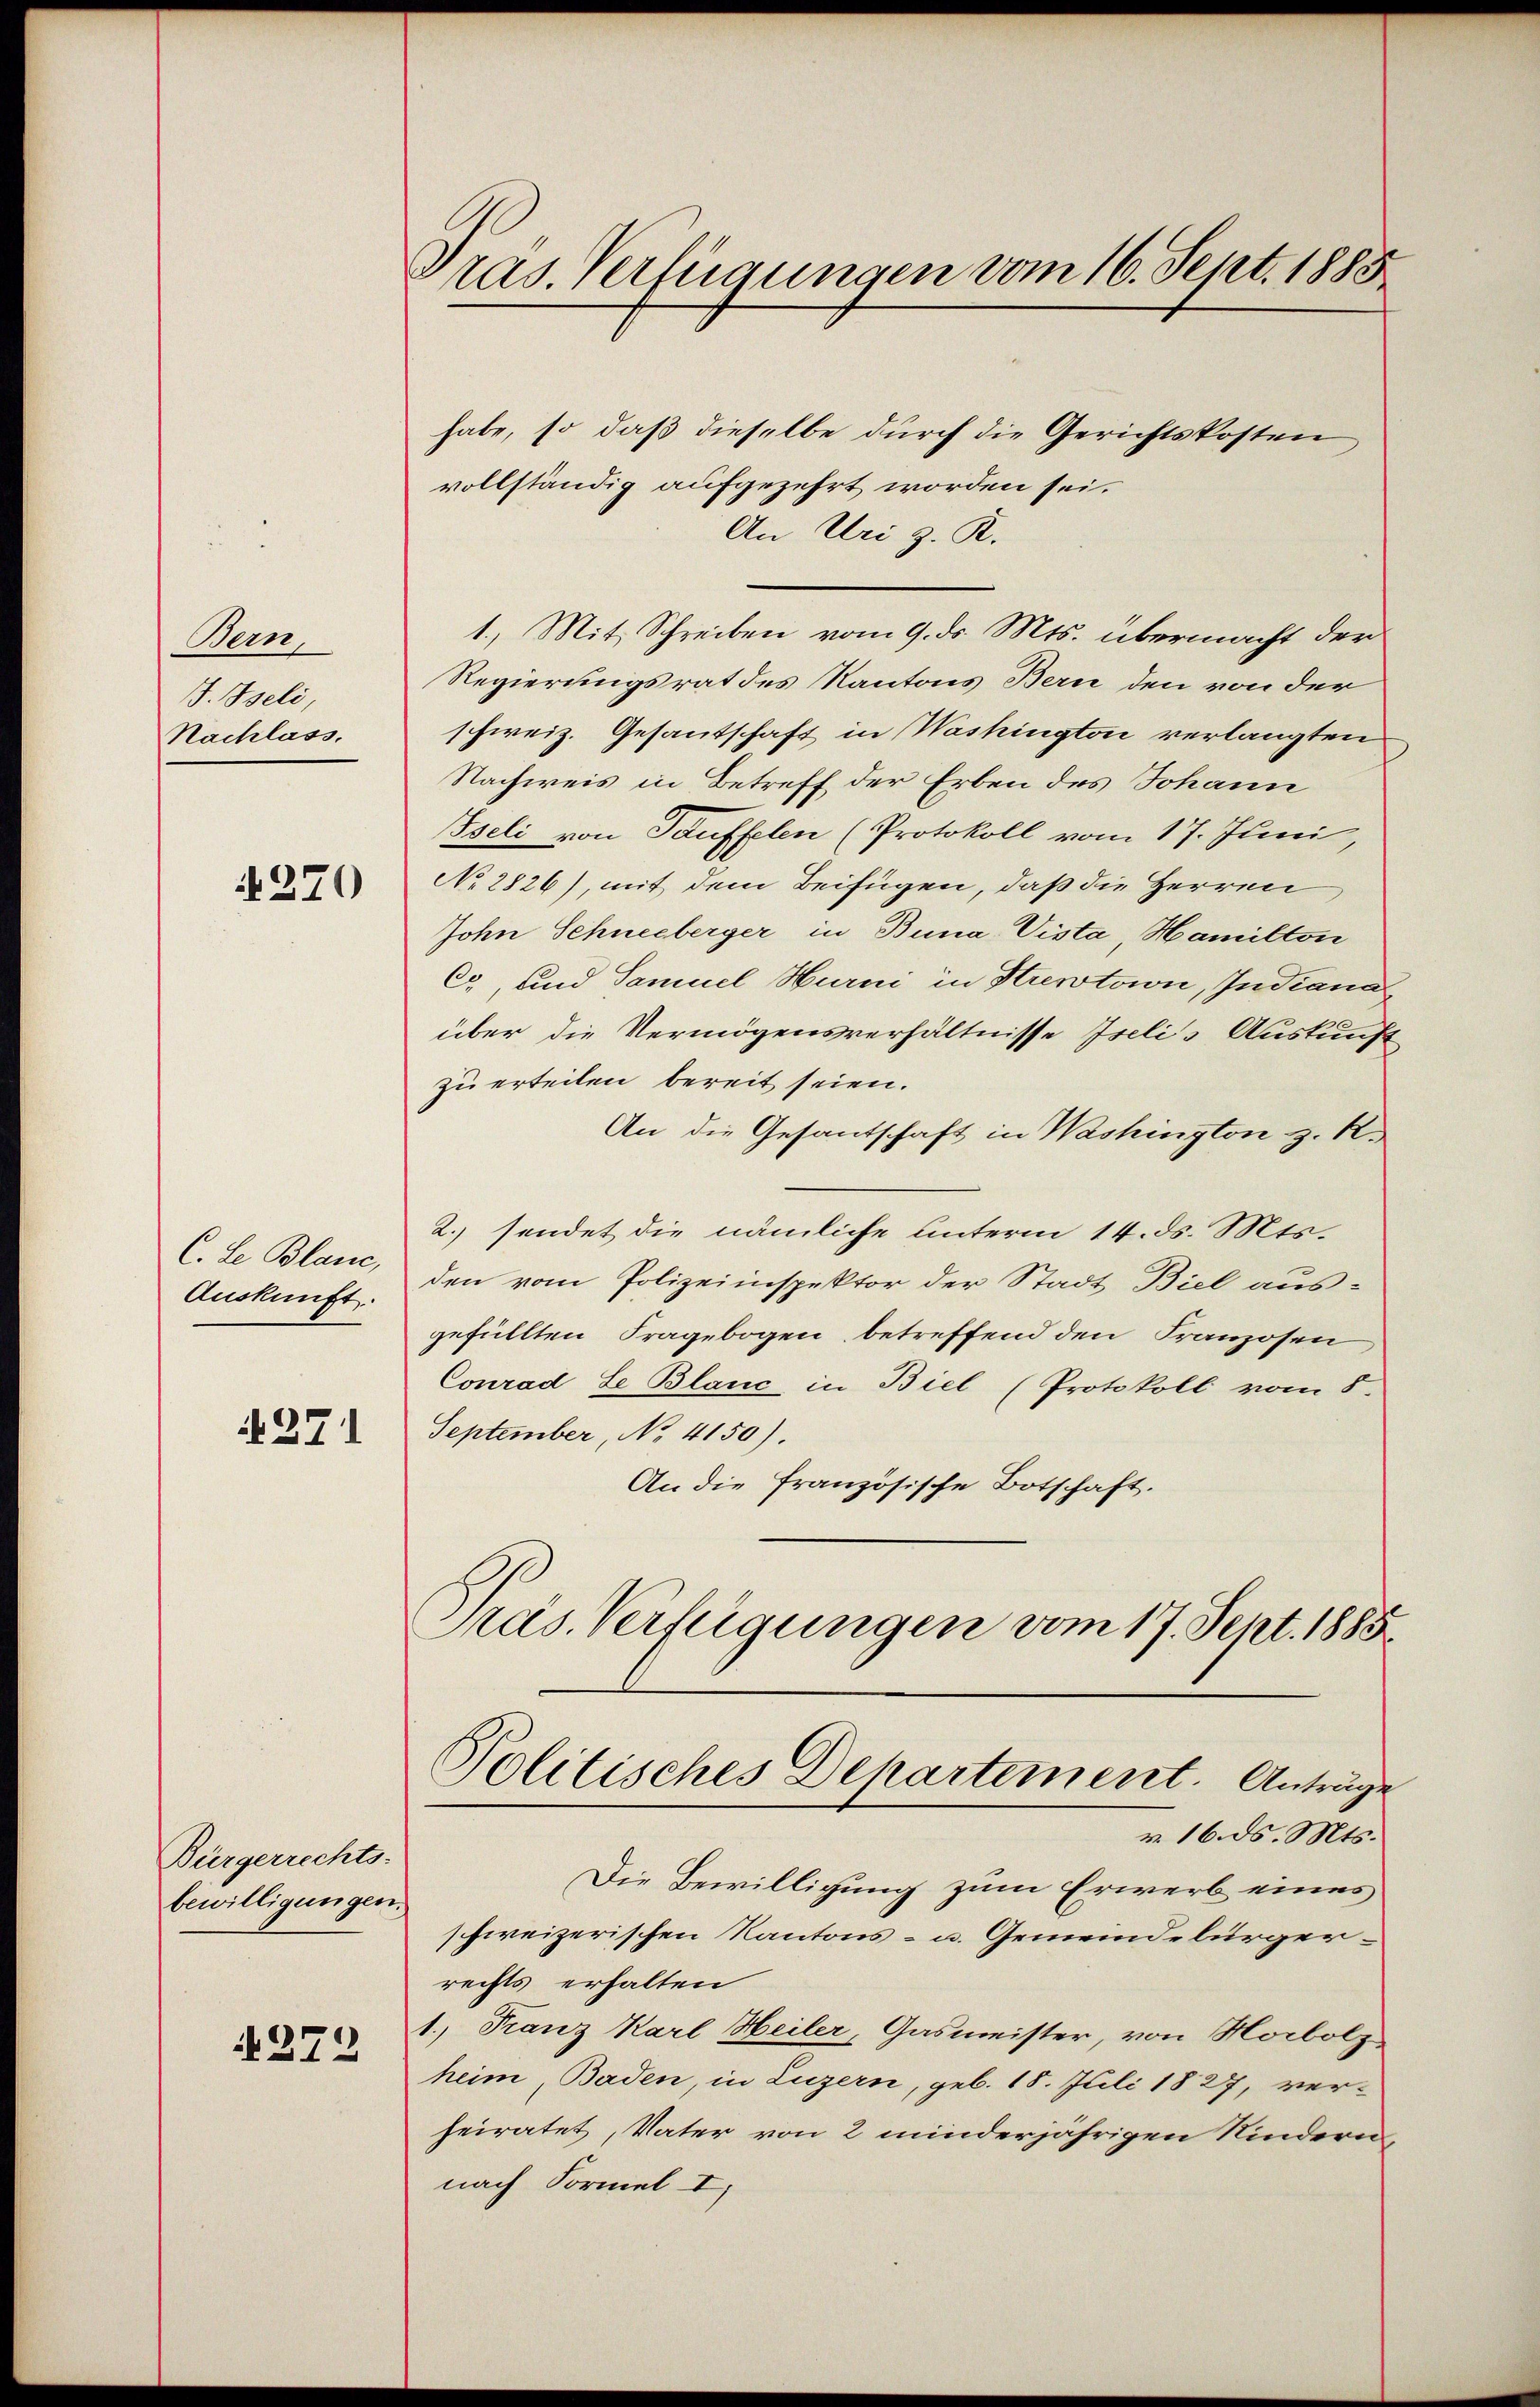
Bern,
J. Iseli
Nachlass

270

C. Le Blanc,
Auskunft.

N 271

Bürgerrechts-
bewilligungen.

272

Pras. Verfügungen vom 16. Sept. 1883

habe, so daß dieselbe durch die Gerichtskosten
vollständig aufgezehrt worden sei.
An Uri z. R.
1.) Mit Schreiben vom 9. ds. Mts. übermacht der
Regierungsrat des Kantons Bern den von der
schweiz. Gesantschaft in Washington verlangten
Nachweis in Betreff der Erben des Johann
Iseli von Täuffelen (Protokoll vom 17. Juni,
No 2826), mit dem Beifügen, daß die Herren
John Schneeberger in Buna-Vista Hamilton
Co, und Samuel Hurni in Strentoron, Indiana
über die Vermögensverhältnisse Iselis Auskunft
zu erteilen bereit seien.
An die Gesantschaft in Washington z. R.
2. sendet die nämliche unterm 14. ds. Mts.
den vom Polizeiinspektor der Stadt Biel aus-
gefüllten Fragebogen, betreffend den Franzosen
Conrad Le Blanc in Biel (Protokoll vom 8.
September, No 4150).
An die französische Botschaft.
Pras. Verfügungen vom 17. Sept. 1885

Politisches Departement. Anträge
v. 16. ds. Mts.

Die Bewilligung zum Erwerb eines
schweizerischen Kantons- u. Gemeindebürgerrechts erhalten
1. Franz Karl Heiler, Gasmeister, von Horbolz-
heim, Baden, in Luzern, geb. 18. Juli 1827, verheiratet, Vater von 2 minderjährigen Kindern,
nach Formel I